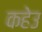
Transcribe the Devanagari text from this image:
कहेउ